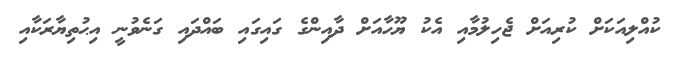
ކުއްލިއަކަށް ކުރިއަށް ޖެހިލުމާއި އެކު ޔޫހާއަށް ދާއިންގެ ގައިގައި ބައްދައި ގަނެވުނީ އިޙުތިޔާރަކާއި